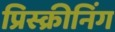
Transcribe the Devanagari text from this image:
प्रिस्क्रीनिंग